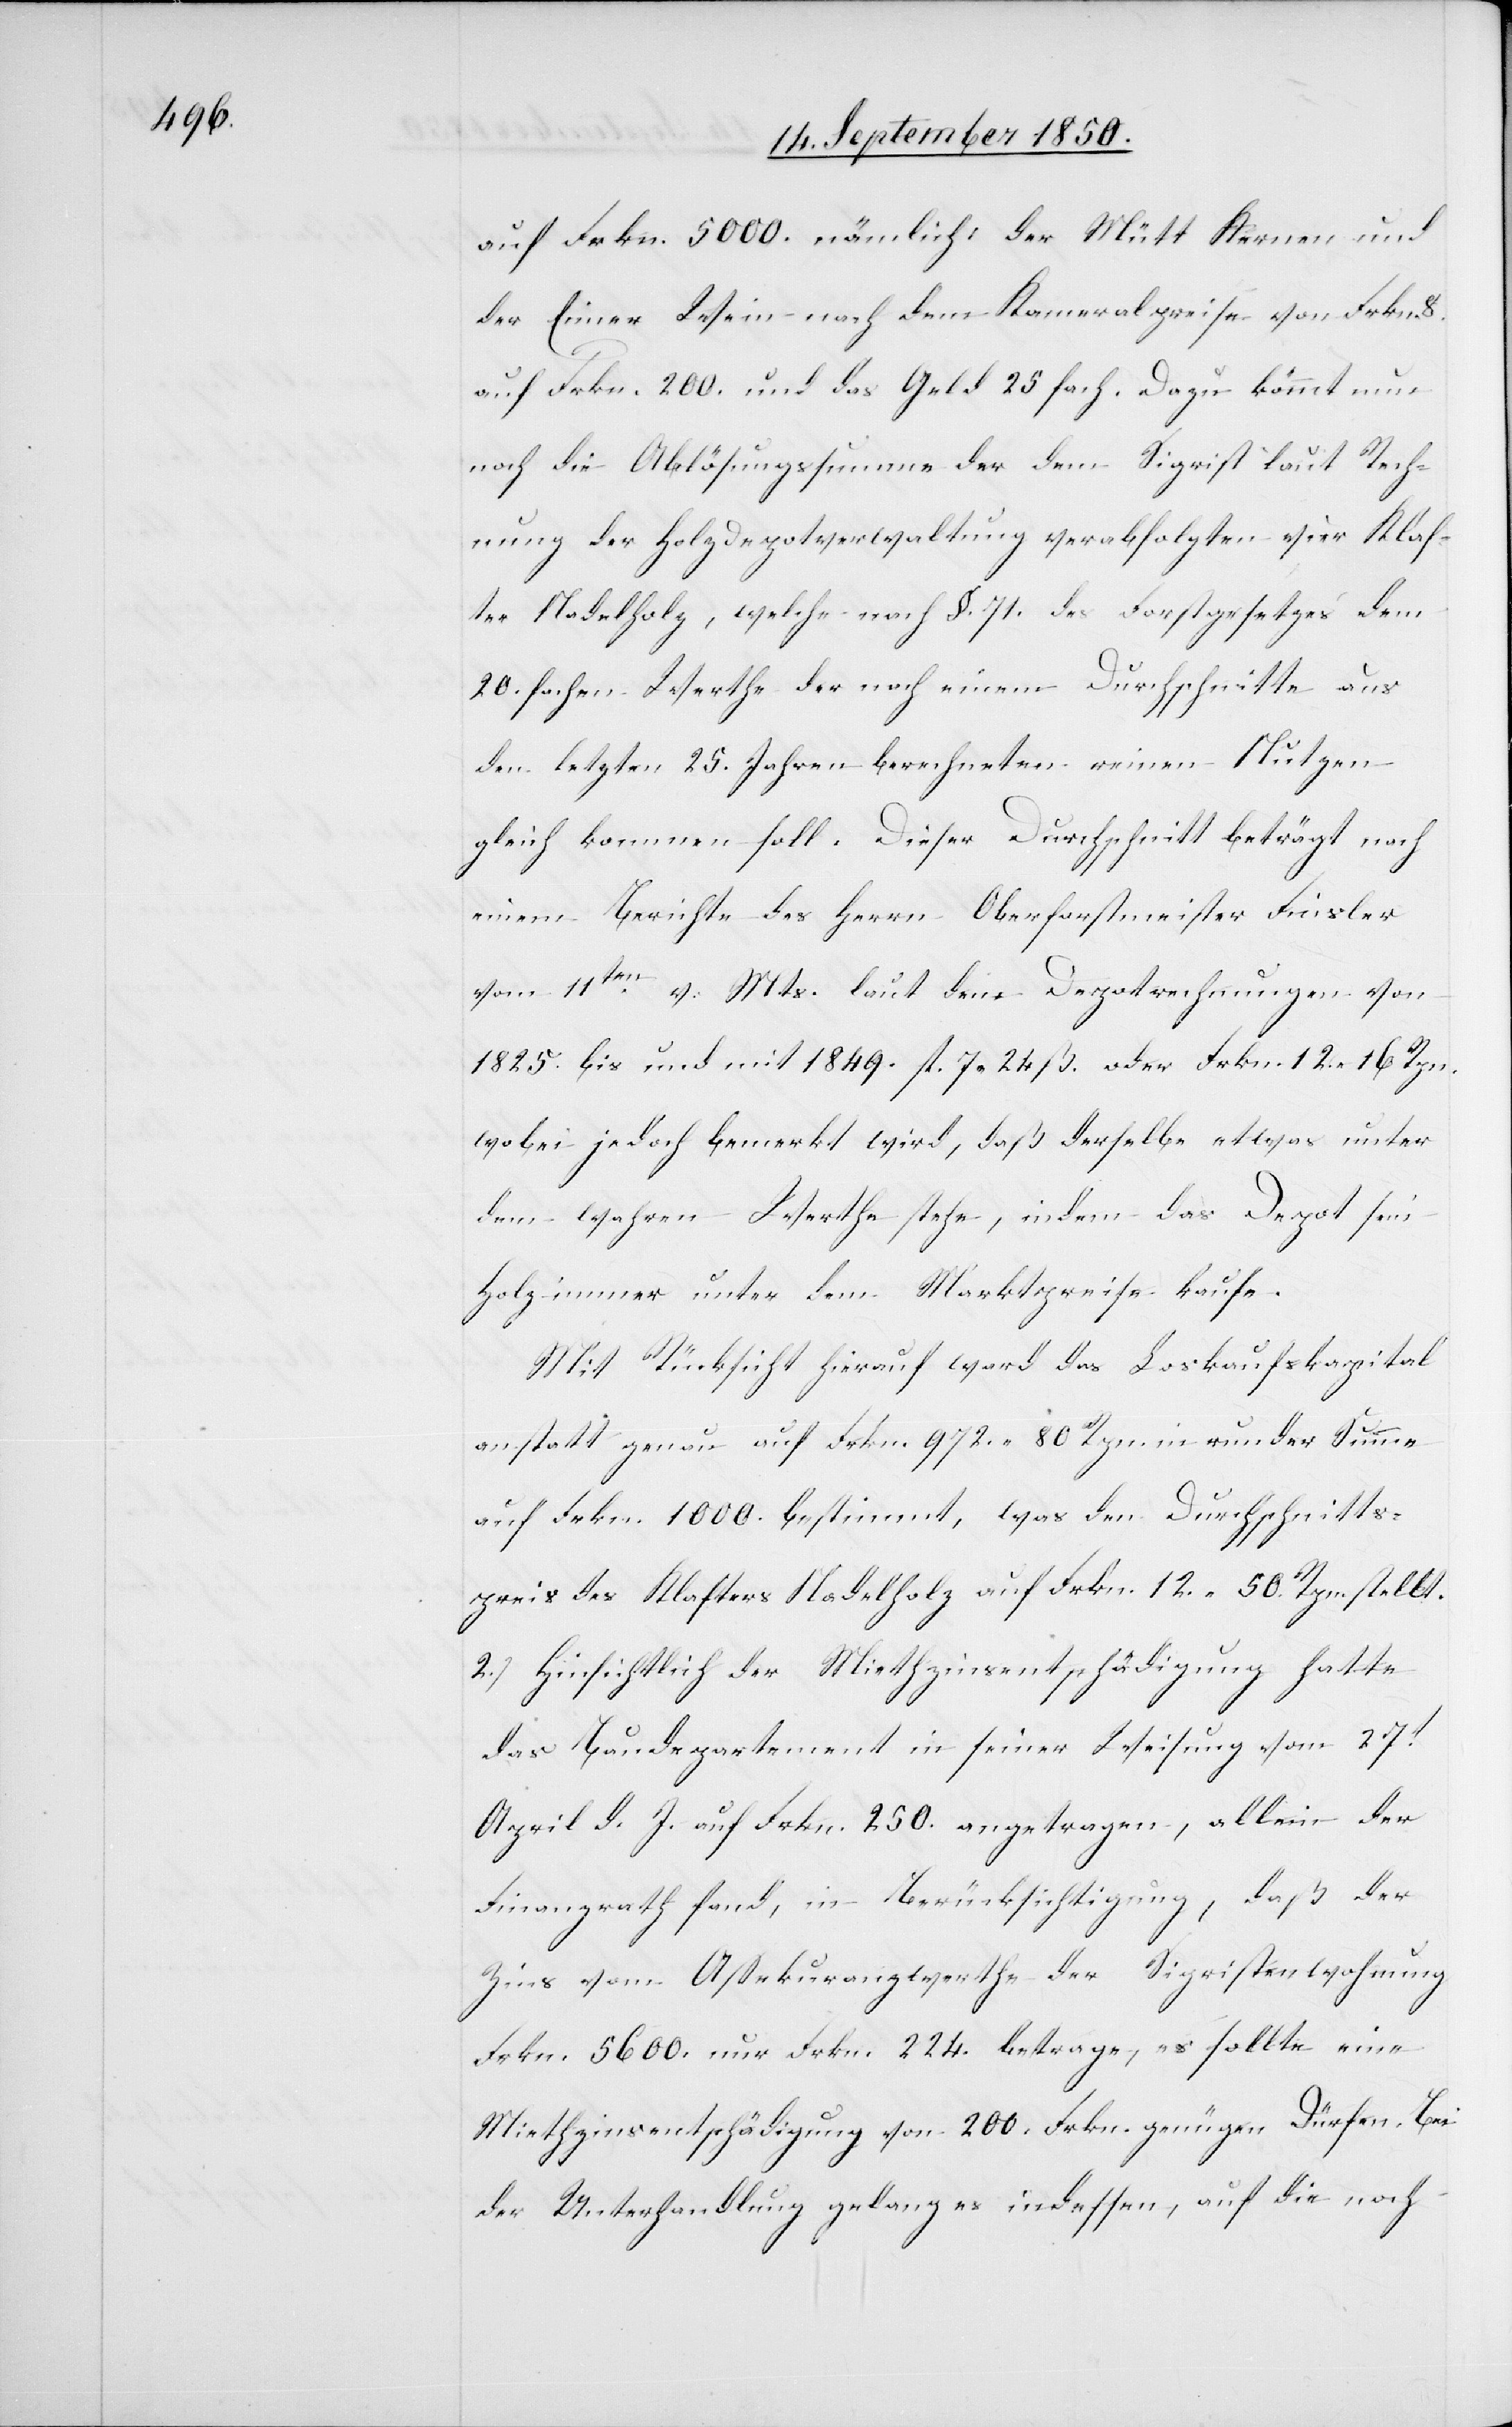
auf Frkn. 5000. nämlich: der Mütt Kernen und
der Eimer Wein nach dem Kameralpreise von Frkn.
auf Frkn. 200. und das Geld 25fach. Dazu kömmt nun
noch die Ablösungssumme der dem Sigrist laut Rech¬
nung der Holzdepotverwaltung verabfolgten vier Klaf¬
ter Nadelholz, welche nach §. 71. des Forstgesetzes dem
20.fachen Werthe der nach einem Durchschnitte aus
den letzten 25. Jahren berechneten reinen Nutzen
gleich kommen soll. Dieser Durchschnitt beträgt nach
einem Berichte des Herrn Oberforstmeister Finsler
vom 11ten v. Mts. laut den Depotrechnungen von
1825. bis und mit 1849. fl 7 24 ß. oder Frkn. 12 16 Rpn.
wobei jedoch bemerkt wird, daß derselbe etwas unter
dem wahren Werthe stehe, indem das Depot sein
Holz immer unter dem Marktpreise kaufe.
Mit Rücksicht hierauf ward das Loskaufskapital
anstatt genau auf Frkn. 972. 80 Rpn. in runder Summe
auf Frkn. 1000. bestimmt, was den Durchschnitts¬
preis des Klafters Nadelholz auf Frkn. 12. 50. Rpn. stellt.
2.) Hinsichtlich der Miethzinsentschädigung hatte
das Baudepartement in seiner Weisung vom 27t
April d. J. auf Frkn. 250. angetragen, allein der
Finanzrath fand, in Berücksichtigung, daß der
Zins vom Assekuranzwerthe der Sigristenwohnung
Frkn. 5600. nur Frkn. 224. betrage, es sollte eine
Miethzinsentschädigung von 200. Frkn. genügen dürfen. Bei
der Unterhandlung gelang es indessen, auf die noch